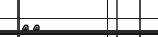
٦٥